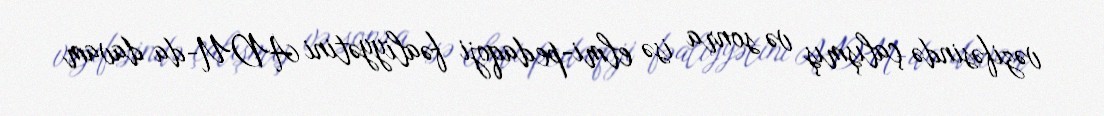
vəzifəsində çalışmış və sonra isə elmi-pedaqoji fəaliyyətini ADU-da davam